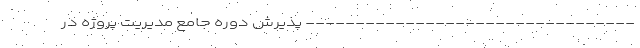
--------------------------------- پذيرش دوره جامع مديريت پروژه در